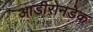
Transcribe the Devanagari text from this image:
आडीरोनडेक